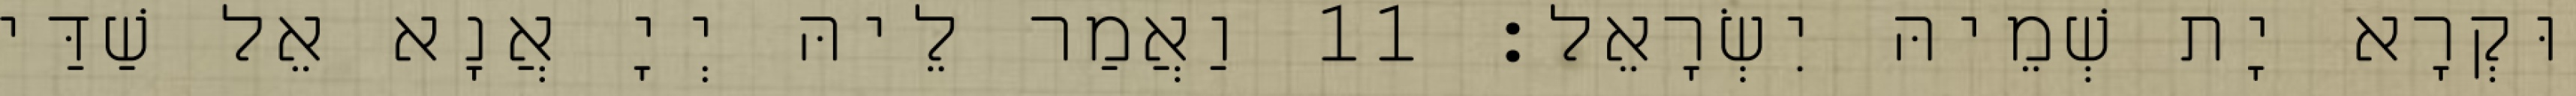
וּקְרָא יָת שְׁמֵיהּ יִשְׂרָאֵל׃ 11 וַאֲמַר לֵיהּ יְיָ אֲנָא אֵל שַׁדַּי